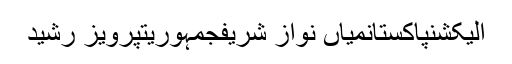
الیکشنپاکستانمیاں نواز شریفجمہوریتپرویز رشید